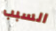
السبب